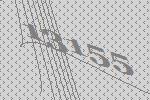
13155